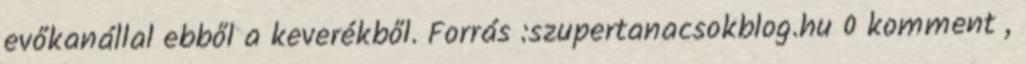
evőkanállal ebből a keverékből. Forrás :szupertanacsokblog.hu 0 komment ,